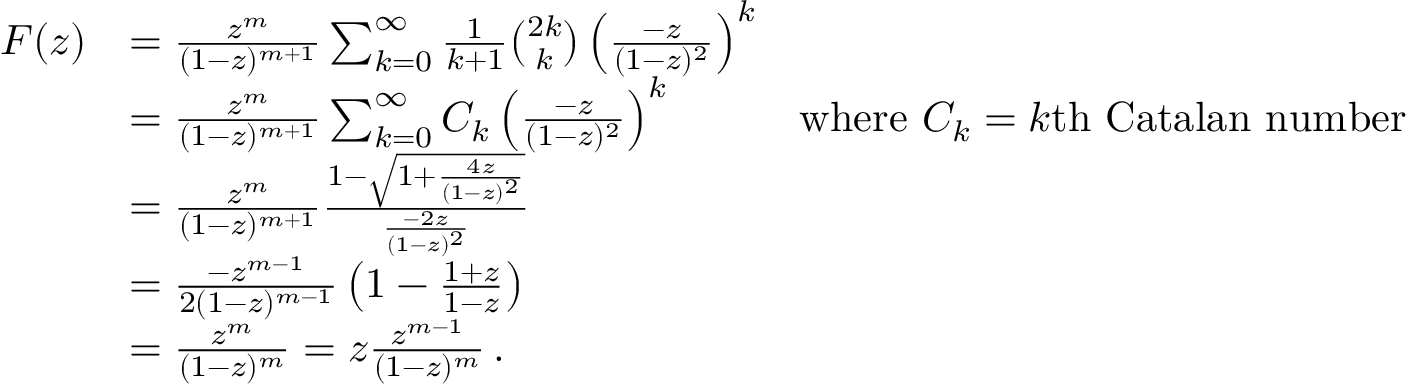
{ \begin{array} { r l r } { F ( z ) } & { = { \frac { z ^ { m } } { ( 1 - z ) ^ { m + 1 } } } \sum _ { k = 0 } ^ { \infty } { { \frac { 1 } { k + 1 } } { \binom { 2 k } { k } } \left( { \frac { - z } { ( 1 - z ) ^ { 2 } } } \right) ^ { k } } } \\ & { = { \frac { z ^ { m } } { ( 1 - z ) ^ { m + 1 } } } \sum _ { k = 0 } ^ { \infty } { C _ { k } \left( { \frac { - z } { ( 1 - z ) ^ { 2 } } } \right) ^ { k } } } & { { \mathrm { w h e r e ~ } } C _ { k } = k { \mathrm { t h ~ C a t a l a n ~ n u m b e r } } } \\ & { = { \frac { z ^ { m } } { ( 1 - z ) ^ { m + 1 } } } { \frac { 1 - { \sqrt { 1 + { \frac { 4 z } { ( 1 - z ) ^ { 2 } } } } } } { \frac { - 2 z } { ( 1 - z ) ^ { 2 } } } } } \\ & { = { \frac { - z ^ { m - 1 } } { 2 ( 1 - z ) ^ { m - 1 } } } \left( 1 - { \frac { 1 + z } { 1 - z } } \right) } \\ & { = { \frac { z ^ { m } } { ( 1 - z ) ^ { m } } } = z { \frac { z ^ { m - 1 } } { ( 1 - z ) ^ { m } } } \, . } \end{array} }